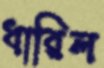
ধারিল